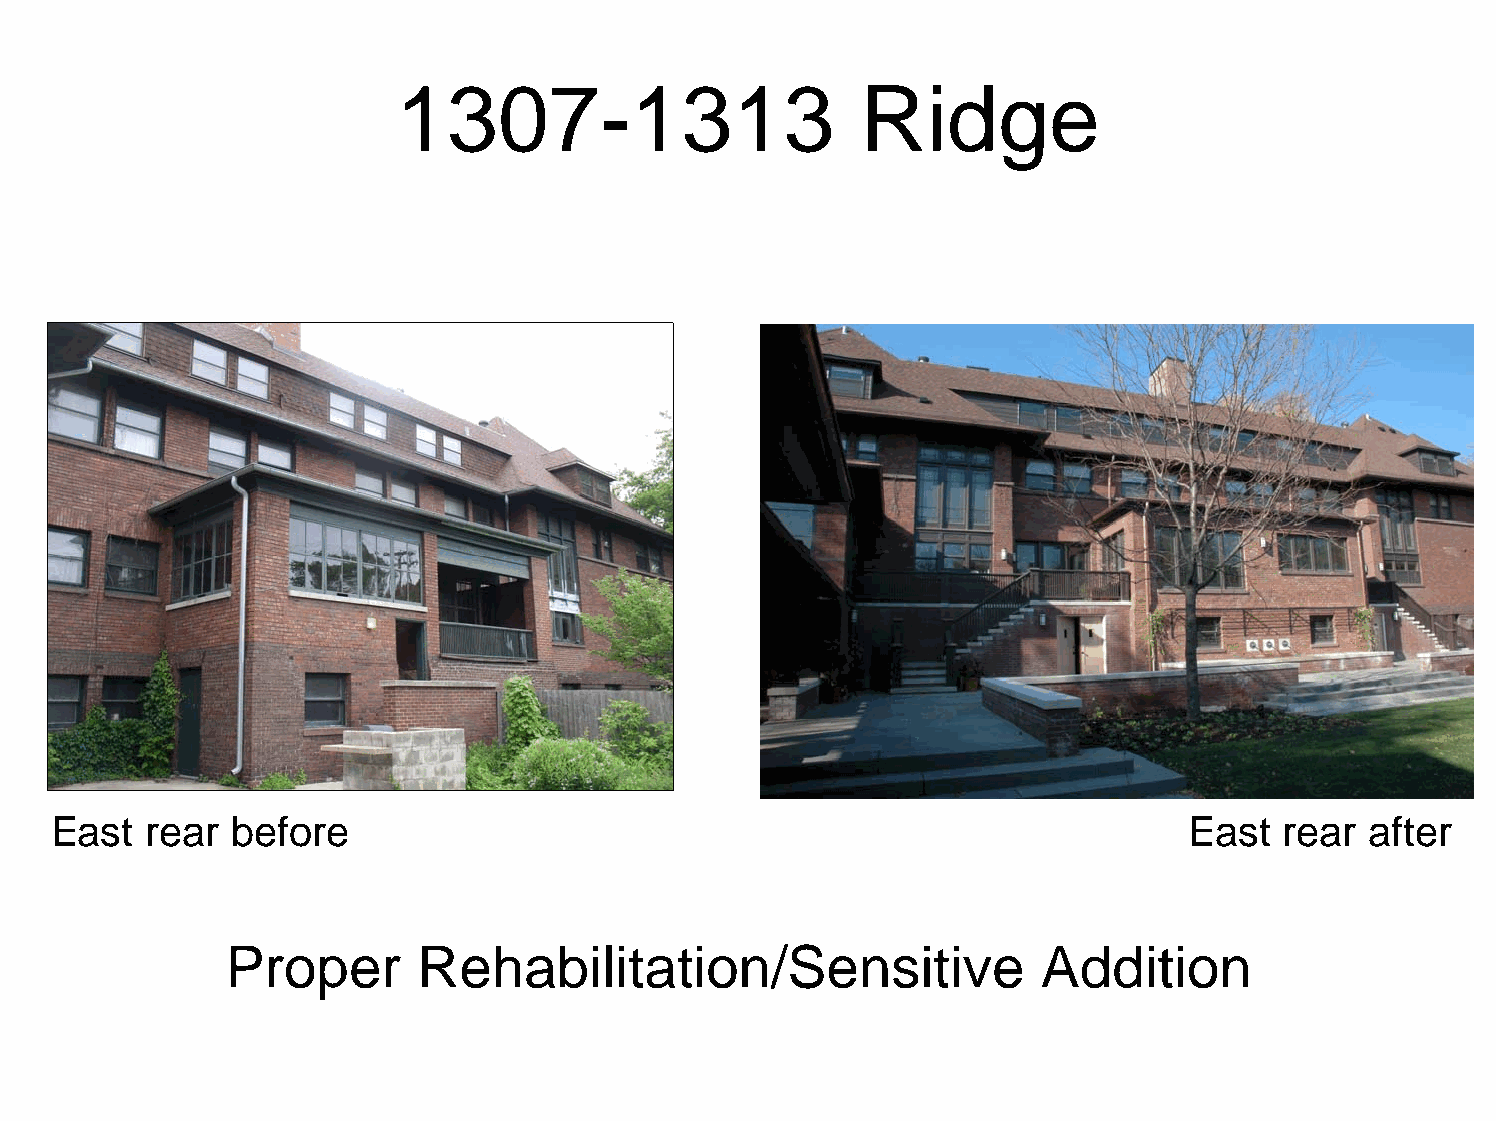
1307-1313                      Ridge
 East   rear before                                                          East  rear  after
 Proper       Rehabilitation/Sensitive                 Addition